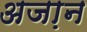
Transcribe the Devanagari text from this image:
अजा़न